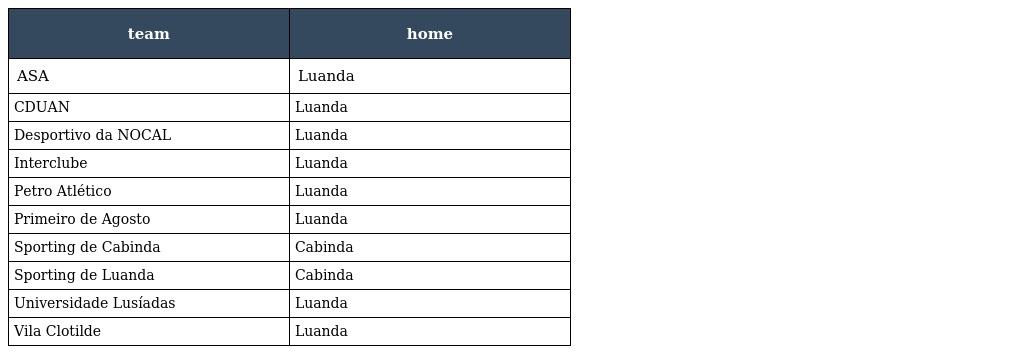
| team | home |
 | --- | --- |
 | ASA | Luanda |
 | CDUAN | Luanda |
 | Desportivo da NOCAL | Luanda |
 | Interclube | Luanda |
 | Petro Atlético | Luanda |
 | Primeiro de Agosto | Luanda |
 | Sporting de Cabinda | Cabinda |
 | Sporting de Luanda | Cabinda |
 | Universidade Lusíadas | Luanda |
 | Vila Clotilde | Luanda |